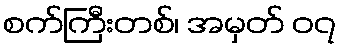
စက်ကြီးတစ်၊ အမှတ် ၀၇